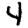
Digit: 4